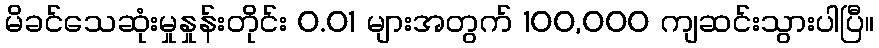
မိခင်သေဆုံးမှုနှုန်းတိုင်း 0.01 များအတွက် 100,000 ကျဆင်းသွားပါပြီ။